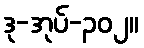
ဒု-အုပ်-၃၀၂။